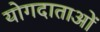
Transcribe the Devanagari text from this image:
योगदाताओं